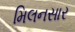
મિલનસાર